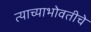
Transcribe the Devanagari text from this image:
त्याच्याभोवतीचे